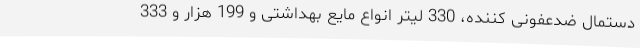
دستمال ضدعفونی کننده، 330 لیتر انواع مایع بهداشتی و 199 هزار و 333